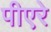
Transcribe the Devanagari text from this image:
पीएरे